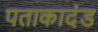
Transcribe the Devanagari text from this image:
पताकादंड